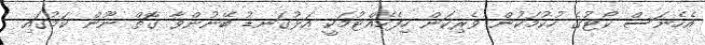
އެހެނަސް ކޯޓުގެ ހުކުމަކުން ވެރިކަން ހިފެހެއްޓުމަކީ އަޅުގަނޑު ބޭނުންވާ ގޮތް ނޫން ކަމުގައި